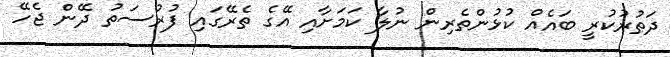
ދަތުރުކުރީ ބައެއް ކުޅުންތެރިން ނުލާ ކަމަށާއި އޭގެ ތެރޭގައި ފުރުސަތު ދޭން ޖެހޭ